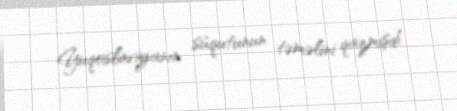
Yuqoslaviyanın süqutunun təməlini qazmışdı.